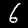
Digit: 6